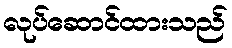
လုပ်ဆောင်ထားသည်